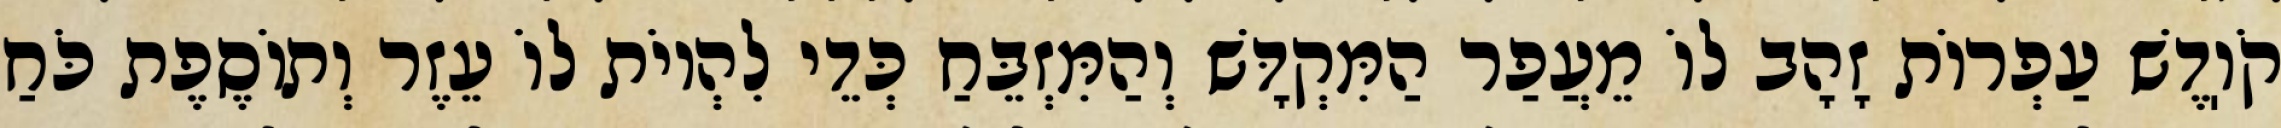
קֹוֽדֶשׁ עַפְרוֹת זָהָב לוֹ מֵעֲפַר הַמִּקְדָּשׁ וְהַמִּזְבֵּחַ כְּדֵי לִהְיוֹת לוֹ עֵזֶר וְתוֹסֶפֶת כֹּחַ